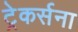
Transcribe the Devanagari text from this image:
ट्रेकर्सना